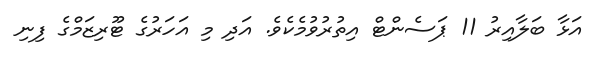
އަޅާ ބަލާއިރު 11 ޕަސެންޓް އިތުރުވުމެކެވެ. އަދި މި އަހަރުގެ ޓޫރިޒަމްގެ ފިނި